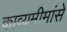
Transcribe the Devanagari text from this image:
काव्यमीमांसे